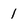
Character: 1